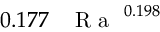
0 . 1 7 7 \, \mathrm { ~ \textit ~ { ~ R ~ a ~ } ~ } ^ { 0 . 1 9 8 }